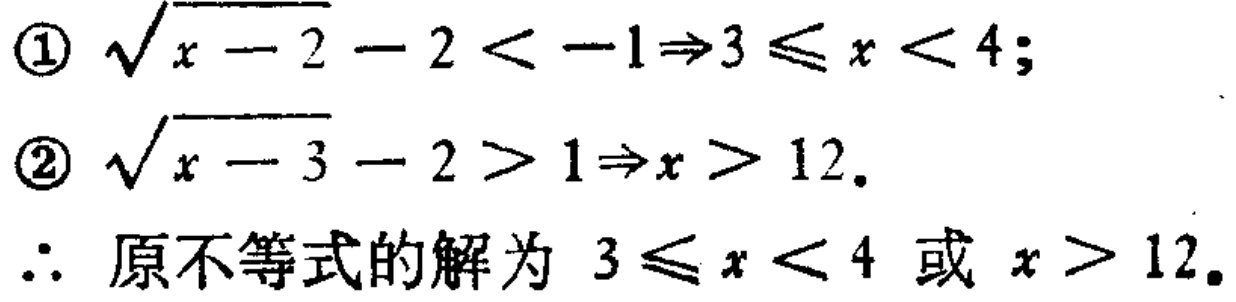
\textcircled{1} $\sqrt{x - 2}-2 < -1\Rightarrow3\leqslant x < 4$;
\textcircled{2} $\sqrt{x - 3}-2 > 1\Rightarrow x > 12$.
$\therefore$ 原不等式的解为 $3\leqslant x < 4$ 或 $x > 12$.